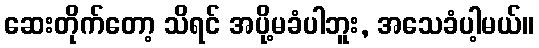
ဆေးတိုက်တော့ သိရင် အပို့မခံပါဘူး, အသေခံပါ့မယ်။